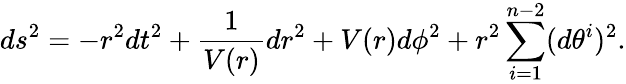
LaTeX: ds^{2}=-r^{2}dt^{2}+\frac{1}{V(r)}dr^{2}+V(r)d\phi^{2}+r^{2}\sum_{i=1}^{n-2}(d\theta^{i})^{2}.